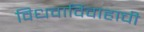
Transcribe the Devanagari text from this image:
विधवाविवाहाची